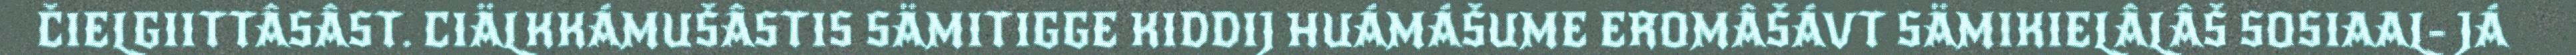
ČIELGIITTÂSÂST. CIÄLKKÁMUŠÂSTIS SÄMITIGGE KIDDIJ HUÁMÁŠUME EROMÂŠÁVT SÄMIKIELÂLÂŠ SOSIAAL- JÁ